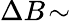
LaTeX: \Delta B\! \sim